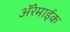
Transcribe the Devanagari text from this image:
अॅरेमाईक